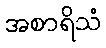
အစာရိသံ